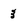
Character: 3